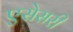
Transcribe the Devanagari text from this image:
एसेसरी